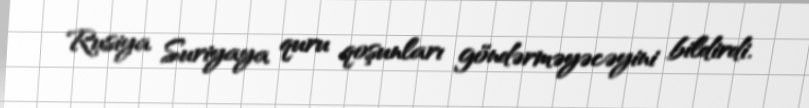
Rusiya Suriyaya quru qoşunları göndərməyəcəyini bildirdi.